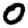
Digit: 0